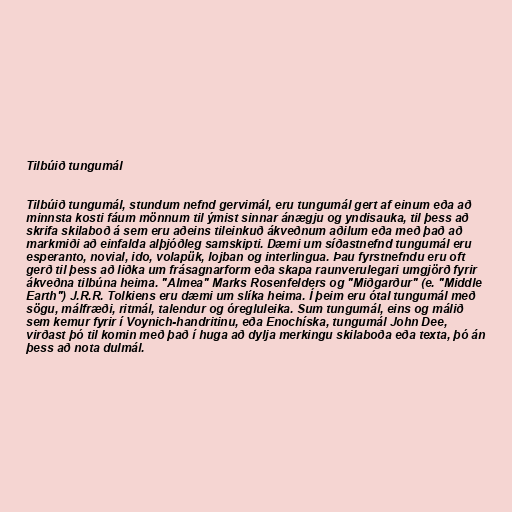
Tilbúið tungumál

Tilbúið tungumál, stundum nefnd gervimál, eru tungumál gert af einum eða að
minnsta kosti fáum mönnum til ýmist sinnar ánægju og yndisauka, til þess að
skrifa skilaboð á sem eru aðeins tileinkuð ákveðnum aðilum eða með það að
markmiði að einfalda alþjóðleg samskipti. Dæmi um síðastnefnd tungumál eru
esperanto, novial, ido, volapük, lojban og interlingua. Þau fyrstnefndu eru oft
gerð til þess að liðka um frásagnarform eða skapa raunverulegari umgjörð fyrir
ákveðna tilbúna heima. "Almea" Marks Rosenfelders og "Miðgarður" (e. "Middle
Earth") J.R.R. Tolkiens eru dæmi um slíka heima. Í þeim eru ótal tungumál með
sögu, málfræði, ritmál, talendur og óregluleika. Sum tungumál, eins og málið
sem kemur fyrir í Voynich-handritinu, eða Enochíska, tungumál John Dee,
virðast þó til komin með það í huga að dylja merkingu skilaboða eða texta, þó án
þess að nota dulmál.